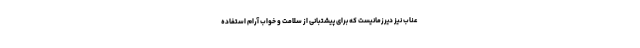
عناب نیز دیرزمانیست که برای پیشتبانی از سلامت و خواب آرام استفاده